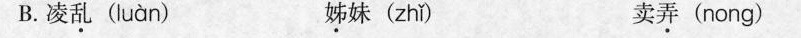
B.凌乱( luàn ) 姊妹( zhǐ ) 卖弄(nong)